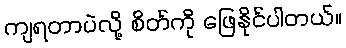
ကျရတာပဲလို့ စိတ်ကို ဖြေနိုင်ပါတယ်။